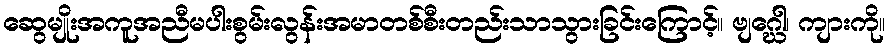
ဆွေမျိုးအကူအညီမပါးစွမ်းလွန်းအမာတစ်စီးတည်းသာသွားခြင်းကြောင့်။ ဗျဂ္ဃေါ၊ ကျားကို။